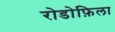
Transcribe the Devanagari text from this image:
रोडोफ़िला